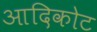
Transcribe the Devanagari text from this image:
आदिकोट